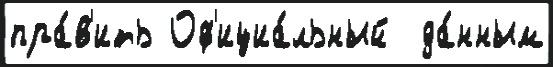
пра́в'ить Оф'ициа́льный  да́нным